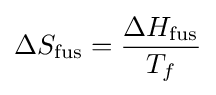
\Delta S_{\text{fus}}={\frac {\Delta H_{\text{fus}}}{T_{f}}}